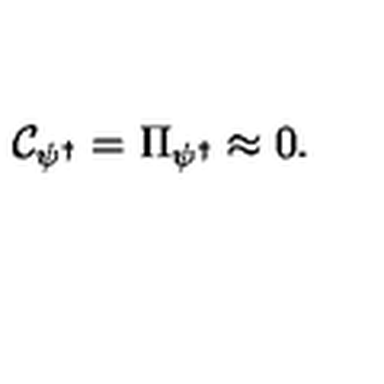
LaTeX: { \cal C } _ { \psi ^ { \dagger } } = \Pi _ { \psi ^ { \dagger } } \approx 0 .